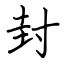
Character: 封